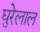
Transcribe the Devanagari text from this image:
घुरेलाल